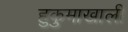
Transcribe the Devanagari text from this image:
हुकुमाखाली